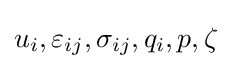
{u_{i}},{\varepsilon _{ij}},{\sigma _{ij}},{q_{i}},p,\zeta